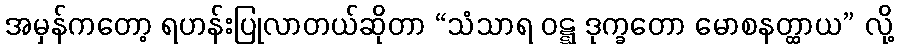
အမှန်ကတော့ ရဟန်းပြုလာတယ်ဆိုတာ “သံသာရ ဝဋ္ဋ ဒုက္ခတော မောစနတ္ထာယ” လို့